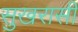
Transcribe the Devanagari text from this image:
सुखरासी